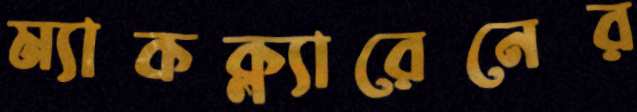
ম্যাকক্ল্যারেনের